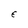
Character: E